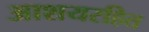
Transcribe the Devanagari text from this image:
आशयरहित